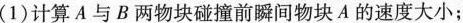
(1)计算A与B两物块碰撞前瞬间物块A的速度大小；